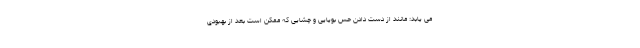
می یابد: مانند از دست دادن حس بویایی و چشایی که ممکن است بعد از بهبودی